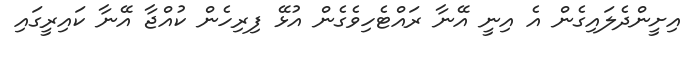
އިށީންދެލައިގެން އެ އިނީ އޭނާ ރައްޓެހިވެގެން އުޅޭ ފިރިހެން ކުއްޖާ އޭނާ ކައިރީގައި